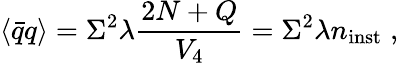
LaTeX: \langle\bar{q}q\rangle=\Sigma^{2}\lambda{\frac{2N+Q}{V_{4}}}=\Sigma^{2}\lambda n_{\mathrm{inst}}\; ,